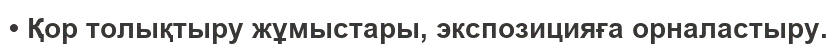
• Қор толықтыру жұмыстары, экспозицияға орналастыру.